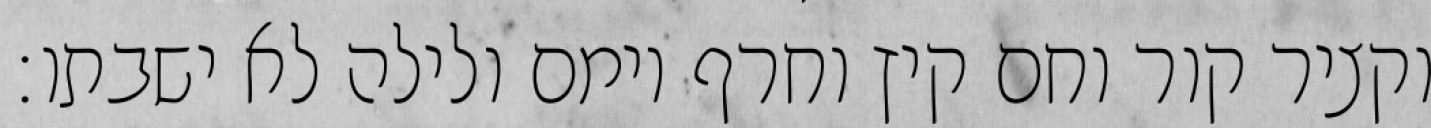
וקציר קור וחם קיץ וחרף יומם ולילה לא ישבתו׃